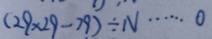
( 2 9 \times 2 9 - 7 9 ) \div N \cdots 0